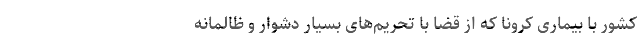
کشور با بیماری کرونا که از قضا با تحریم‌های بسیار دشوار و ظالمانه